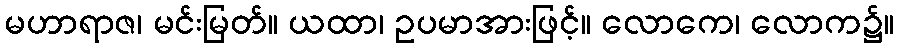
မဟာရာဇ၊ မင်းမြတ်။ ယထာ၊ ဥပမာအားဖြင့်။ လောကေ၊ လောက၌။